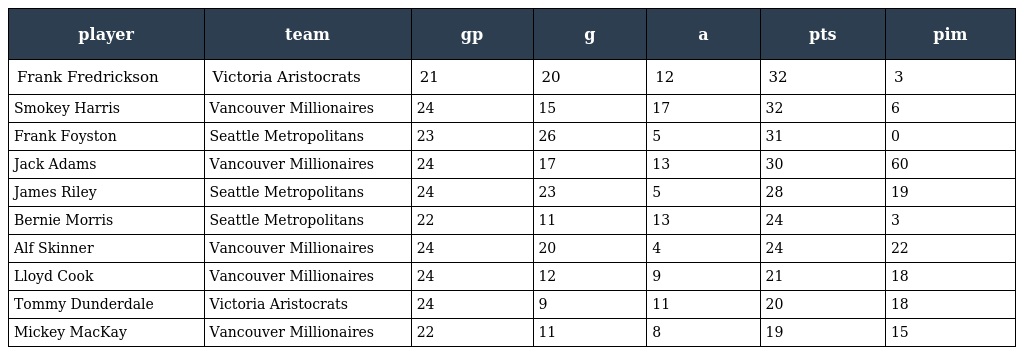
| player | team | gp | g | a | pts | pim |
 | --- | --- | --- | --- | --- | --- | --- |
 | Frank Fredrickson | Victoria Aristocrats | 21 | 20 | 12 | 32 | 3 |
 | Smokey Harris | Vancouver Millionaires | 24 | 15 | 17 | 32 | 6 |
 | Frank Foyston | Seattle Metropolitans | 23 | 26 | 5 | 31 | 0 |
 | Jack Adams | Vancouver Millionaires | 24 | 17 | 13 | 30 | 60 |
 | James Riley | Seattle Metropolitans | 24 | 23 | 5 | 28 | 19 |
 | Bernie Morris | Seattle Metropolitans | 22 | 11 | 13 | 24 | 3 |
 | Alf Skinner | Vancouver Millionaires | 24 | 20 | 4 | 24 | 22 |
 | Lloyd Cook | Vancouver Millionaires | 24 | 12 | 9 | 21 | 18 |
 | Tommy Dunderdale | Victoria Aristocrats | 24 | 9 | 11 | 20 | 18 |
 | Mickey MacKay | Vancouver Millionaires | 22 | 11 | 8 | 19 | 15 |